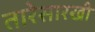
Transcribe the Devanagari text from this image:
तारेसारखी